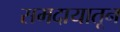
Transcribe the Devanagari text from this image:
समदायातून